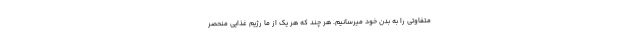
متفاوتی را به بدن خود میرسانیم. هر چند که هر یک از ما رژیم غذایی منحصر